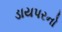
ડાયપરનો